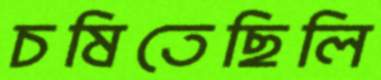
চষিতেছিলি